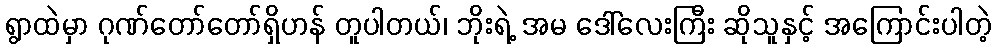
ရွာထဲမှာ ဂုဏ်တော်တော်ရှိဟန် တူပါတယ်၊ ဘိုးရဲ့ အမ ဒေါ်လေးကြီး ဆိုသူနှင့် အကြောင်းပါတဲ့